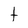
Character: t